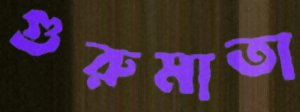
গুরুমাতা